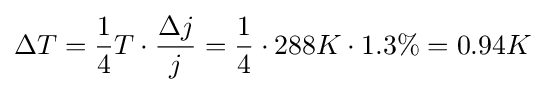
\Delta T={\frac {1}{4}}T\cdot {\frac {\Delta j}{j}}={\frac {1}{4}}\cdot 288K\cdot 1.3\%=0.94K